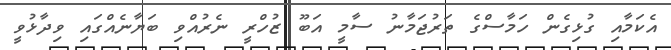
އެކަމާއި ގުޅިގެން ހަމާސްގެ ތަރުޖަމާނު ސާމީ އަބޫ ޒުހްރީ ނެރުއްވި ބަޔާނެއްގައި ވިދާޅުވީ